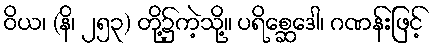
ဝိယ၊ (နိ၊ ၂၅၃) တို့၌ကဲ့သို့။ ပရိစ္ဆေဒေါ၊ ဂဏန်းဖြင့်